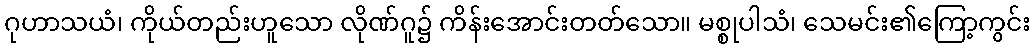
ဂုဟာသယံ၊ ကိုယ်တည်းဟူသော လိုဏ်ဂူ၌ ကိန်းအောင်းတတ်သော။ မစ္စုပါသံ၊ သေမင်း၏ကြော့ကွင်း